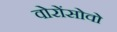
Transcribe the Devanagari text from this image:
वोरोंसोवो